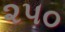
૨૫૦